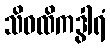
သိဝထိကဒွါရံ